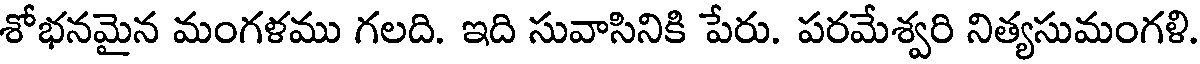
శోభనమైన మంగళము గలది. ఇది సువాసినికి పేరు. పరమేశ్వరి నిత్యసుమంగళి